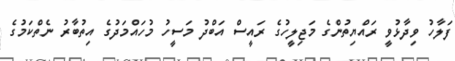
ފަލާހު ވިދާޅުވީ ރައްޔިތުންގެ މަޖިލީހުގެ ރައީސް އަބްދު މަސީހު މުހައްމަދުގެ އިތުބާރު ނެތްކަމުގެ